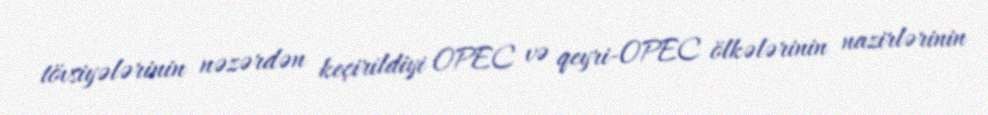
tövsiyələrinin nəzərdən keçirildiyi OPEC və qeyri-OPEC ölkələrinin nazirlərinin